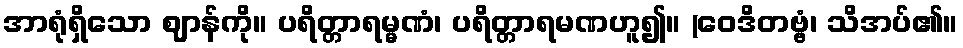
အာရုံရှိသော ဈာန်ကို။ ပရိတ္တာရမ္မဏံ၊ ပရိတ္တာရမဏဟူ၍။ (ဝေဒိတဗ္ဗံ၊ သိအပ်၏။